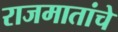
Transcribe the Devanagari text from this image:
राजमातांचे